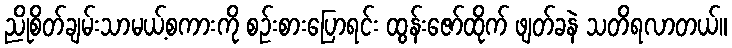
ညိုစိတ်ချမ်းသာမယ့်စကားကို စဉ်းစားပြောရင်း ထွန်းဇော်ထိုက် ဖျတ်ခနဲ သတိရလာတယ်။